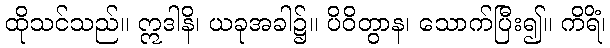
ထိုသင်သည်။ ဣဒါနိ၊ ယခုအခါ၌။ ပိဝိတွာန၊ သောက်ပြီး၍။ ကိရိံ၊